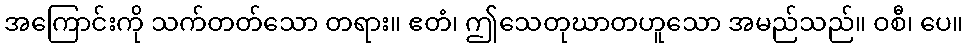
အကြောင်းကို သက်တတ်သော တရား။ ဧတံ၊ ဤသေတုဃာတဟူသော အမည်သည်။ ဝစီ၊ ပေ။